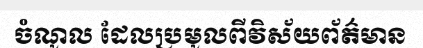
ចំណូល ដែលប្រមូលពីវិស័យព័ត៌មាន